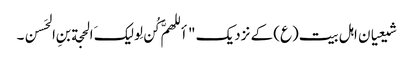
شیعیان اہل بیت(ع) کے نزدیک "أللهمَّ کُن لِولیکَ الحجة بنِ الحَسن۔